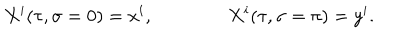
X ^ { i } ( \tau , \sigma = 0 ) = x ^ { i } , \qquad \qquad X ^ { i } ( \tau , \sigma = \pi ) = y ^ { i } .